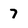
Character: 7